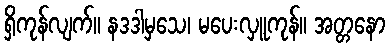
ရှိကုန်လျက်။ နဒဒါမှသေ၊ မပေးလှူကုန်။ အတ္တနော